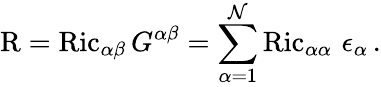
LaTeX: \operatorname{R}=\operatorname{Ric}_{\alpha\beta}G^{\alpha\beta}=\sum_{\alpha=1}^{\mathcal{N}}\operatorname{Ric}_{\alpha\alpha}\, \epsilon_{\alpha}\, .